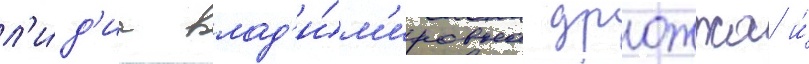
л'и́д'иа влад'и́м'ировна дрожжа и́